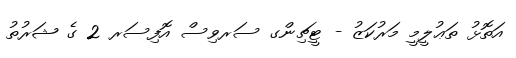
އަތޮޅު ތަޢުލީމީ މަރުކަޒު - ޓީޗިންގ ސަރވިސް އޮފިސަރ 2 ގެ ޝަރުތު